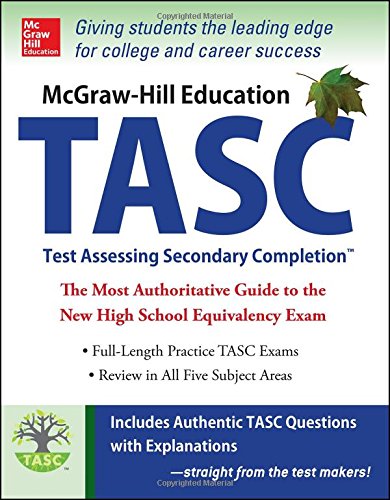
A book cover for McGraw-Hill Education TASC: The Official Guide to the Test (Mcgraw Hill's Tasc); Kathy Zahler; Test Preparation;